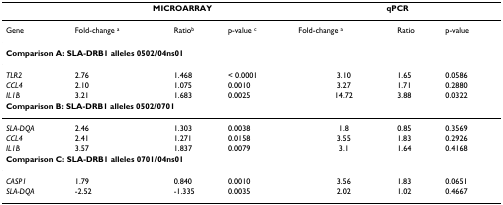
<table><thead><tr><td>[EMPTY_CELL]</td><td colspan="3"><b>MICROARRAY</b></td><td colspan="3"><b>qPCR</b></td></tr></thead><tbody><tr><td>Gene</td><td>Fold-change <sup>a</sup></td><td>Ratio<sup>b</sup></td><td>p-value <sup>c</sup></td><td>Fold-change <sup>a</sup></td><td>Ratio</td><td>p-value</td></tr><tr><td colspan="7"><b>Comparison A: SLA-DRB1 alleles 0502/04ns01</b></td></tr><tr><td><i>TLR2</i></td><td>2.76</td><td>1.468</td><td>&lt; 0.0001</td><td>3.10</td><td>1.65</td><td>0.0586</td></tr><tr><td><i>CCL4</i></td><td>2.10</td><td>1.075</td><td>0.0010</td><td>3.27</td><td>1.71</td><td>0.2880</td></tr><tr><td><i>IL1B</i></td><td>3.21</td><td>1.683</td><td>0.0025</td><td>14.72</td><td>3.88</td><td>0.0322</td></tr><tr><td colspan="7"><b>Comparison B: SLA-DRB1 alleles 0502/0701</b></td></tr><tr><td><i>SLA-DQA</i></td><td>2.46</td><td>1.303</td><td>0.0038</td><td>1.8</td><td>0.85</td><td>0.3569</td></tr><tr><td><i>CCL4</i></td><td>2.41</td><td>1.271</td><td>0.0158</td><td>3.55</td><td>1.83</td><td>0.2926</td></tr><tr><td><i>IL1B</i></td><td>3.57</td><td>1.837</td><td>0.0079</td><td>3.1</td><td>1.64</td><td>0.4168</td></tr><tr><td colspan="7"><b>Comparison C: SLA-DRB1 alleles 0701/04ns01</b></td></tr><tr><td><i>CASP1</i></td><td>1.79</td><td>0.840</td><td>0.0010</td><td>3.56</td><td>1.83</td><td>0.0651</td></tr><tr><td><i>SLA-DQA</i></td><td>-2.52</td><td>-1.335</td><td>0.0035</td><td>2.02</td><td>1.02</td><td>0.4667</td></tr></tbody></table>